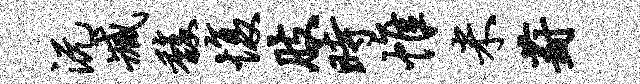
沅臧馥愎肢时帷米葑